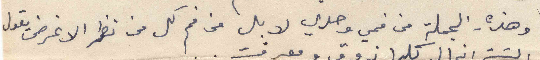
وهذه الجملة من فمي وحدي لا بل من فم كل من نظر الاغراض يقول